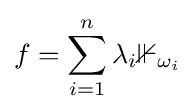
f=\sum _{i=1}^{n}\lambda _{i}\mathbb {1} _{\omega _{i}}